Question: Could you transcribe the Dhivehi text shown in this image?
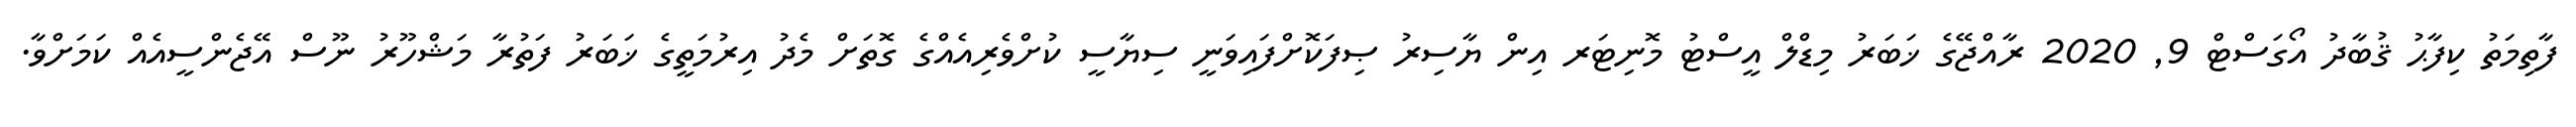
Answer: ފާތިމަތު ކިފާޙު ޤުބާދު އޯގަސްޓް 9, 2020 ރާއްޖޭގެ ޚަބަރު މިޑްލް އީސްޓު މޮނިޓަރ އިން ޔާސިރު ޞިފަކޮށްފައިވަނީ ސިޔާސީ ކުށްވެރިއެއްގެ ގޮތަށް މެދު އިރުމަތީގެ ޚަބަރު ފަތުރާ މަޝްހޫރު ނޫސް އޭޖެންސީއެއް ކަމަށްވާ.